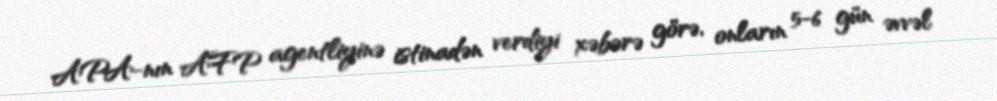
APA-nın AFP agentliyinə istinadən verdiyi xəbərə görə, onların 5-6 gün əvvəl